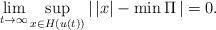
LaTeX: \begin{align*}\lim_{t\to\infty}\sup_{x\in H(u(t))}\left|\,|x|-\min\Pi\,\right|=0. \end{align*}